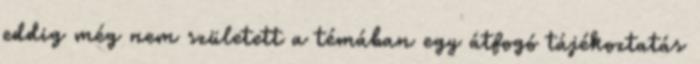
eddig még nem született a témában egy átfogó tájékoztatás